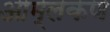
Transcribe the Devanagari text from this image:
आम्लकण